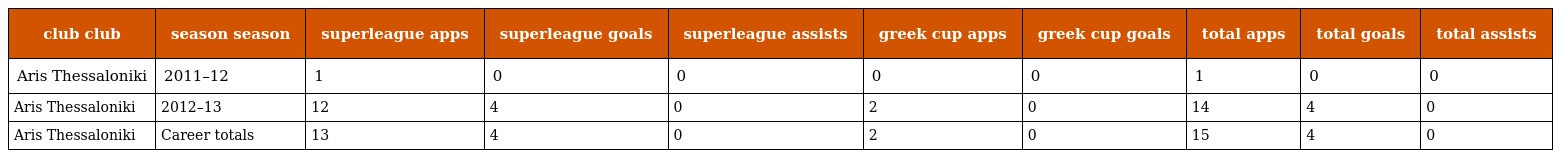
| club club | season season | superleague apps | superleague goals | superleague assists | greek cup apps | greek cup goals | total apps | total goals | total assists |
 | --- | --- | --- | --- | --- | --- | --- | --- | --- | --- |
 | Aris Thessaloniki | 2011–12 | 1 | 0 | 0 | 0 | 0 | 1 | 0 | 0 |
 | Aris Thessaloniki | 2012–13 | 12 | 4 | 0 | 2 | 0 | 14 | 4 | 0 |
 | Aris Thessaloniki | Career totals | 13 | 4 | 0 | 2 | 0 | 15 | 4 | 0 |